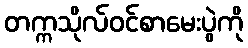
တက္ကသိုလ်ဝင်စာမေးပွဲကို